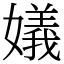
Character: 嬟